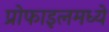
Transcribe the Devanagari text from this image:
प्रोफाइलमध्ये